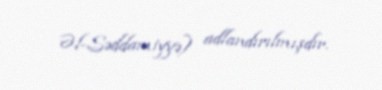
Əl-Səddamiyyə) adlandırılmışdır.